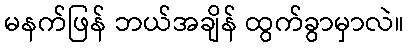
မနက်ဖြန် ဘယ်အချိန် ထွက်ခွာမှာလဲ။